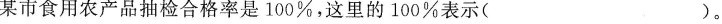
某市食用农产品抽检合格率是100%，这里的100%表示( )。